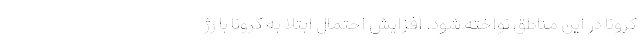
کرونا در این مناطق نواخته شود. افزایش احتمال ابتلا به کرونا با رژ